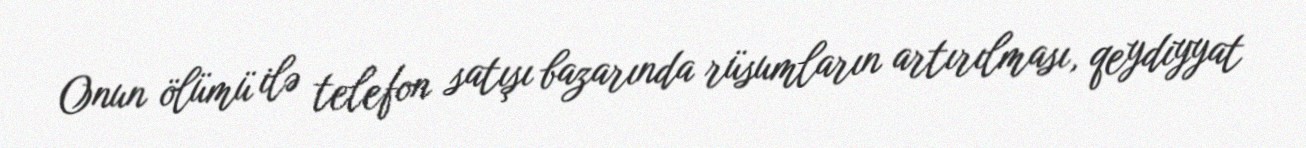
Onun ölümü ilə telefon satışı bazarında rüsumların artırılması, qeydiyyat